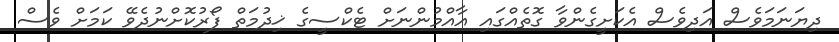
ދިޔަނަމަވެސް އަދިވެސް އެކަށީގެންވާ ގޮތެއްގައި އާއްމުންނަށް ޓެކްސީގެ ޚިދުމަތް ފޯރުކޮށްނުދެވޭ ކަމަށް ވެސް